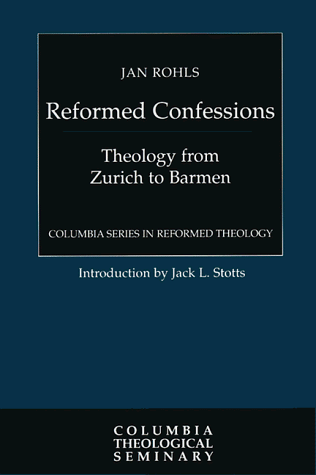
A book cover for Reformed Confessions: Theology from Zurich to Barmen (Columbia Series in Reformed Theology); Jan Rohls; Christian Books & Bibles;